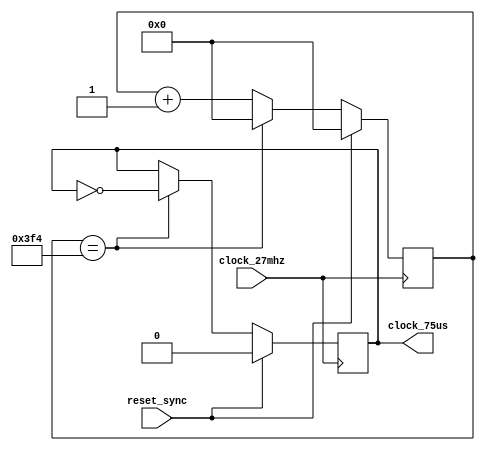
`timescale 1ns / 1ps

module divider(
    input clock_27mhz,         // system clock
    input reset_sync,          // system reset
    output clock_75us          // 75us clock period (13.3 kHz)
    );

  reg [9:0] count = 0;
  reg enable = 0;

  always @(posedge clock_27mhz) begin
    if (reset_sync) begin
      count <= 0;
      enable <= 0;
    end
    else begin
      if (count == 1012) begin
        enable <= !enable;  // swap enable every 37.5 us
        count <= 0;
      end
      else begin
        count <= count + 1;
      end
    end
  end

  assign clock_75us = enable;

endmodule